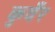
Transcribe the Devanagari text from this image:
कुवँर